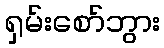
ရှမ်းစော်ဘွား